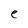
Character: e